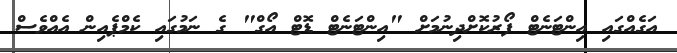
އަގެއްގައި އިންޓަނެޓް ފޯރުކޮށްދިނުމަށް "އިންޓަނެޓް ޑޮޓް އޯގް" ގެ ނަމުގައި ކެމްޕެއިން އެއްވެސް